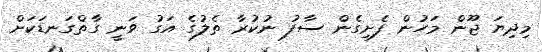
މިދިޔަ ޖޫން މަހުން ފެށިގެން ސާފު ނުކުރާ ތެލުގެ އަގު ވަނީ ގާތްގަނޑަކަށް